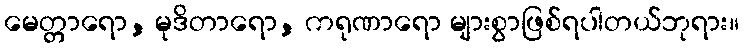
မေတ္တာရော, မုဒိတာရော, ကရုဏာရော များစွာဖြစ်ရပါတယ်ဘုရား။